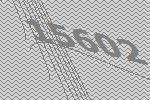
15602